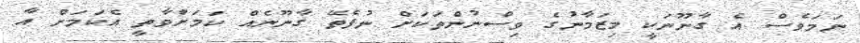
ނަމަވެސް އެ ގާނޫނަކީ މިޒަމާނުގެ ވިސްނުންތަކަށް ނުފެތޭ ގާނޫނެއް ކަމަށްވާތީ އެކަމަށް އާ